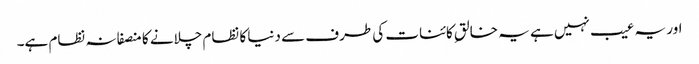
اور یہ عیب نہیں ہے یہ خالقِ کائنات کی طرف سے دنیا کا نظام چلانے کا منصفانہ نظام ہے۔